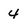
Character: 4